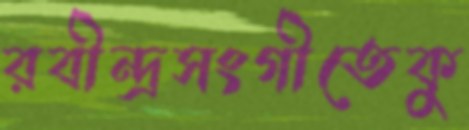
রবীন্দ্রসংগীতেকু